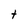
Character: t